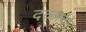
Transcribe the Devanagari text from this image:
दळाचे